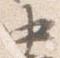
中